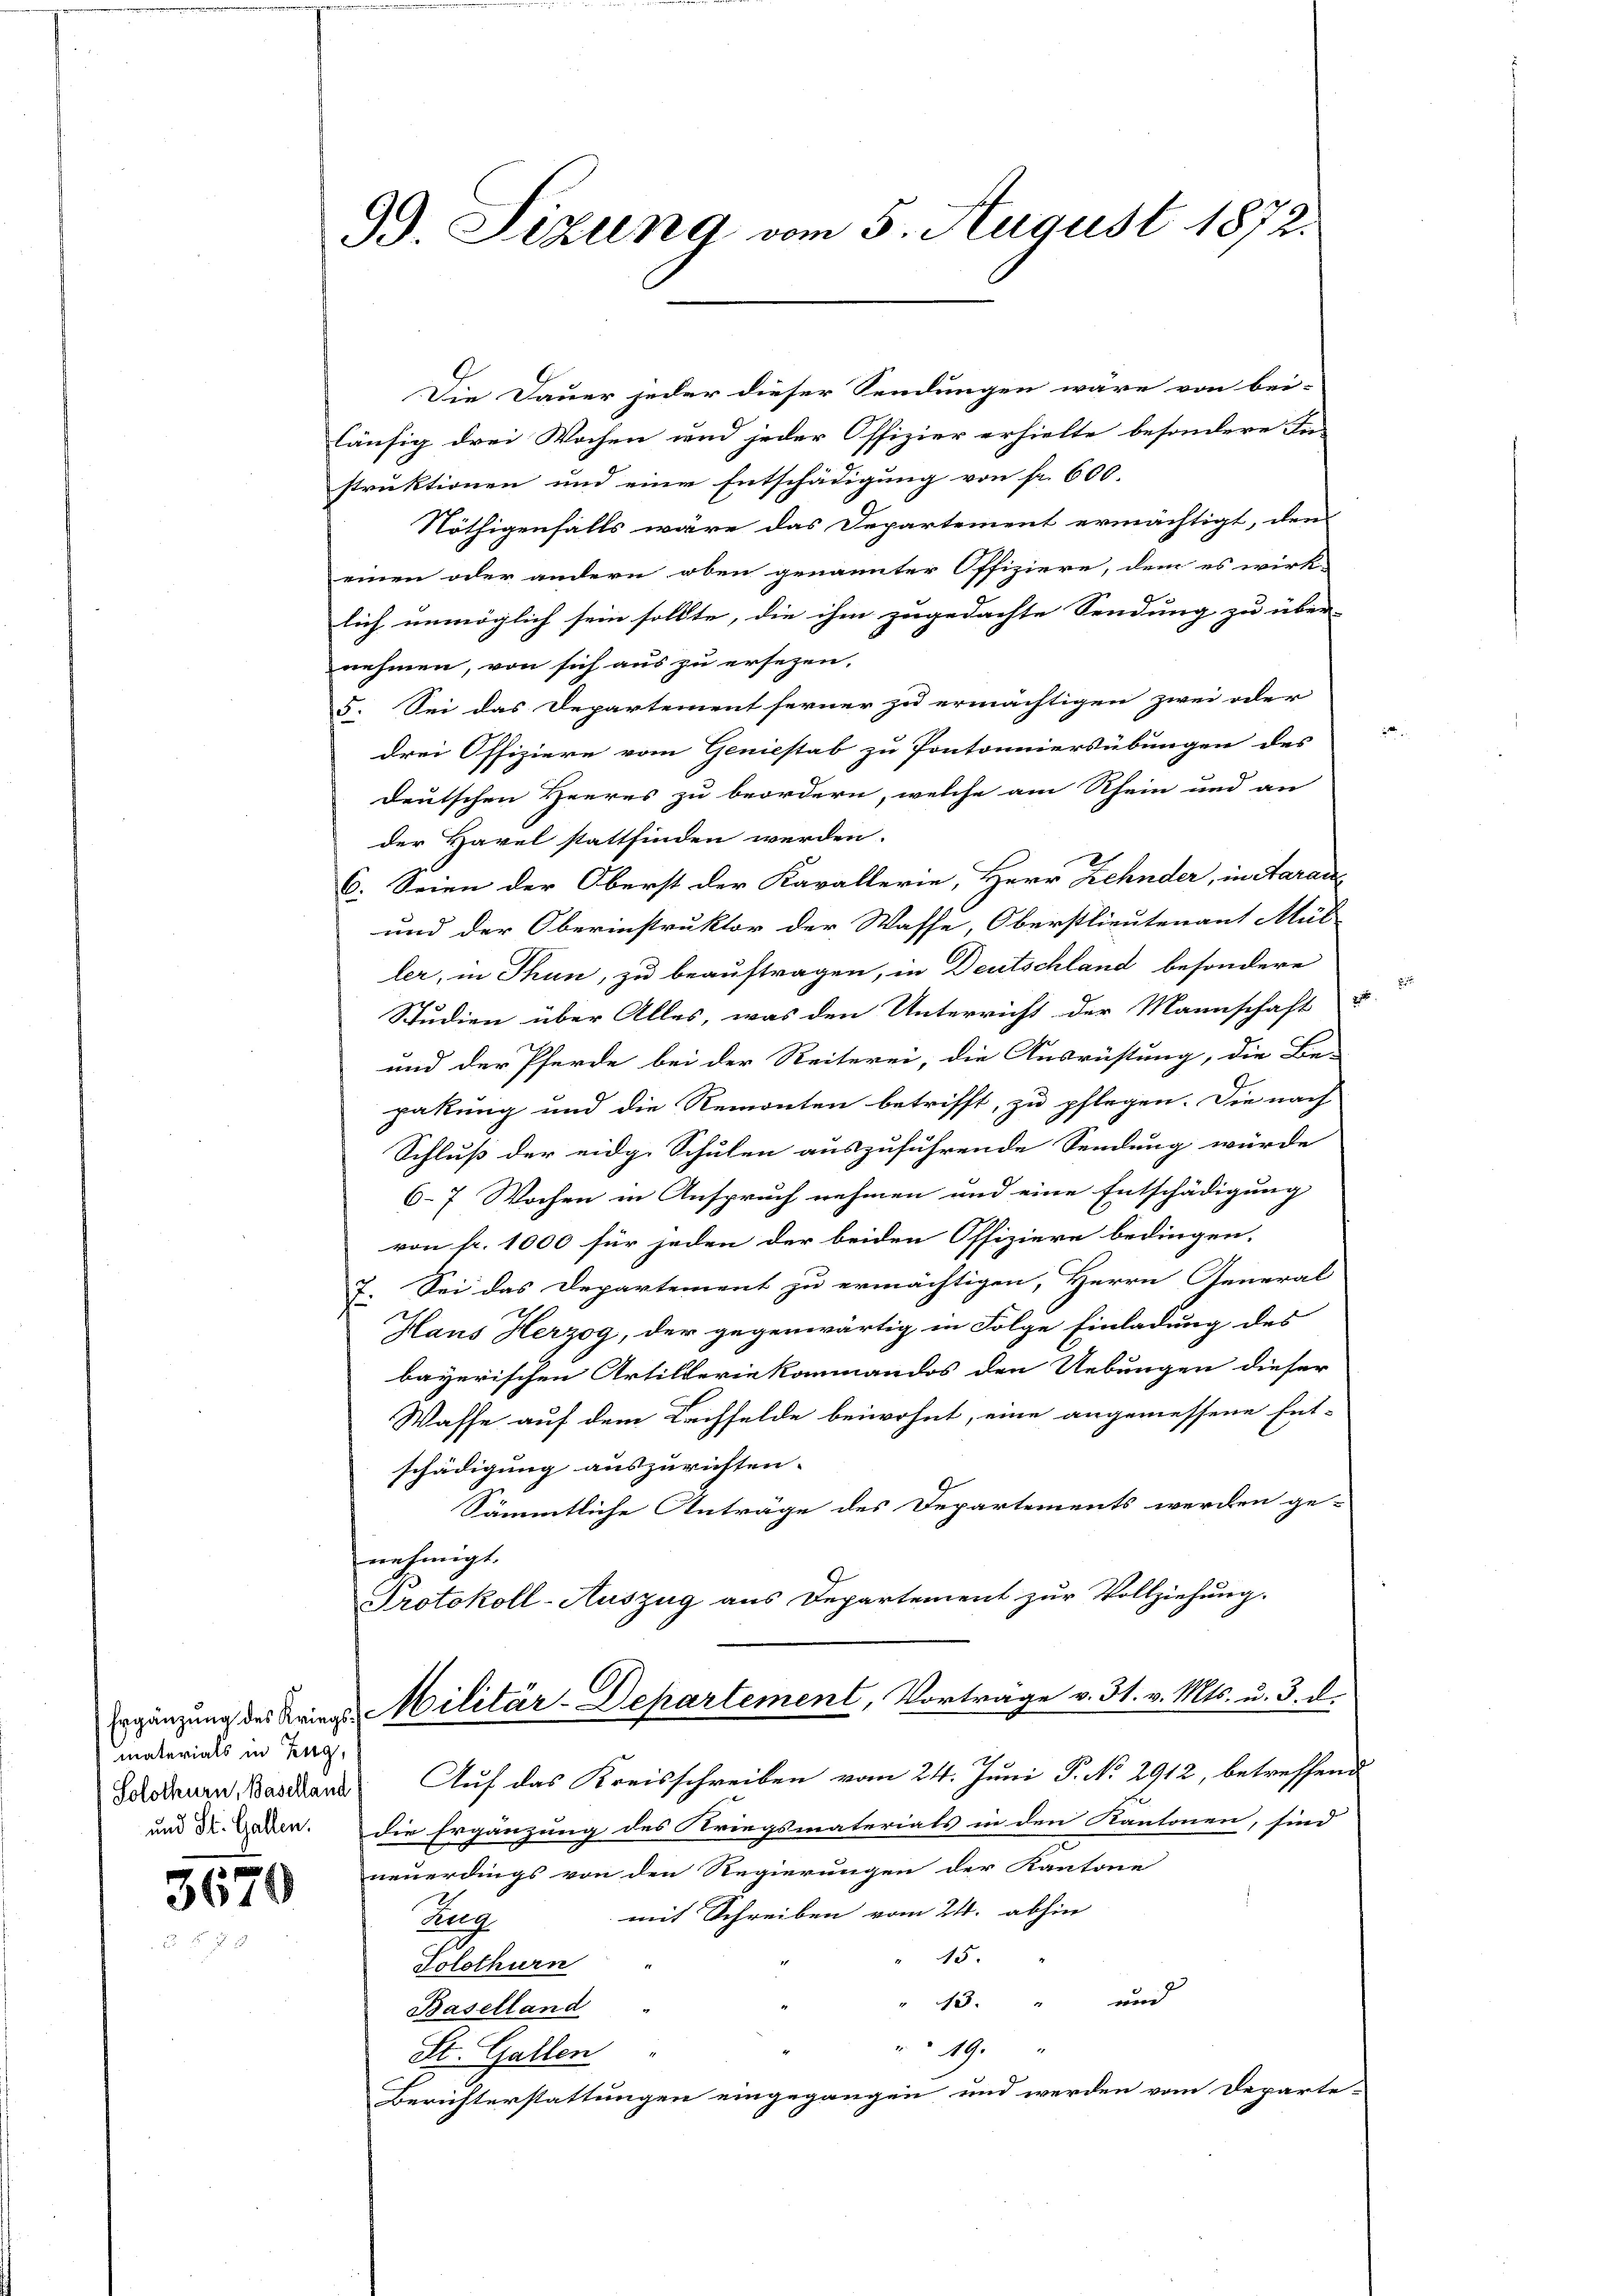
materials in Zug,

3670

99. Sizung vom 5. August 1872.

Die Dauer jeder dieser Sendungen wäre von bei-
läufig drei Wochen und jeder Offizier erhielte besondere In-
struktionen und eine Entschädigung von fr. 600.
Nöthigenfalls wäre das Departement ermächtigt, den
einen oder andern oben genannter Offiziere, dem es wirk-
lich unmöglich sein sollte, die ihm zugedachte Sendung zu über-
nehmen, von sich aus zu ersezen.
5. Sei das Departement ferner zu ermächtigen zwei oder
drei Offiziere vom Geniestab zu Pontonniersübungen des
deutschen Heeres zu beordern, welche am Rhein und an
der Havel stattfinden werden.
6. Seien der Oberst der Kavallerie, Herr Zehnder, in Aarau
und der Oberinstruktor der Wasse, Oberstlieutenant Mül
ler, in Thun, zu beauftragen, in Deutschland besondere
Studien über Alles, was den Unterricht der Mannschaft u
und der Pferde bei der Reiterei, die Ausrüstung, die Be-
pakung und die Remonten betrifft, zu pflegen. Die nach
Schluß der eidg. Schulen auszuführende Sendung würde
6-7 Wochen in Anspruch nehmen und eine Entschädigung
von fr. 1000 für jeden der beiden Offiziere bedingen.
7. Sei das Departement zu ermächtigen, Herrn General-
Haus Herzog, der gegenwärtig in Folge Einladung des
bayerischen Artillerie kommandos den Uebungen dieser
Waffe auf dem Lachfelde beiwohnt, eine angemessene Ent-
schädigung auszurichten.
Sämmtliche Anträge des Departements werden ge-
nehmigt.
Protokoll-Auszug aus Departement zur Vollziehung.
ergänzung des Kriegs Militär-Departement, Vorträge v. 31. v. Mts. u. 3. d.
Sotsdauen Bastand Auf das Kreisschreiben vom 24. Juni P. No. 2912, betreffend
und Dr. Haben. Die Ergänzung des Kriegsmaterials in den Kantonen, sind
neuerdings von den Regierungen der Kantone
s
mit Schreiben vom 24. abhin
Reg
15.
Solothurn
" 13. " und
Baselland
49.
St. Gallen
Berichterstattungen eingegangen und werden vom Departe-